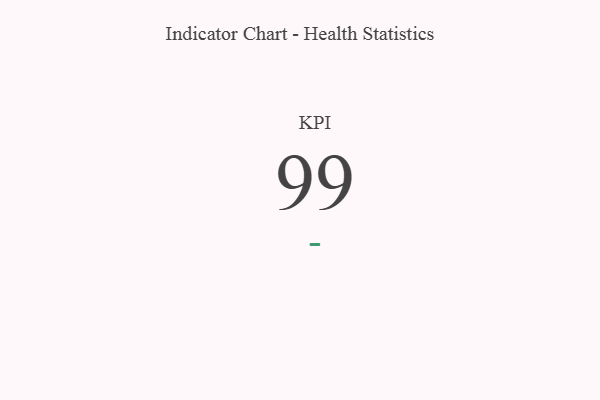
{"axis": {"x": "KPI", "y": "Value"}, "legend": [""], "data": [{"x": "KPI", "y": 99, "type": ""}]}